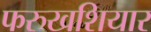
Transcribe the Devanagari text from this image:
फरुखशियार